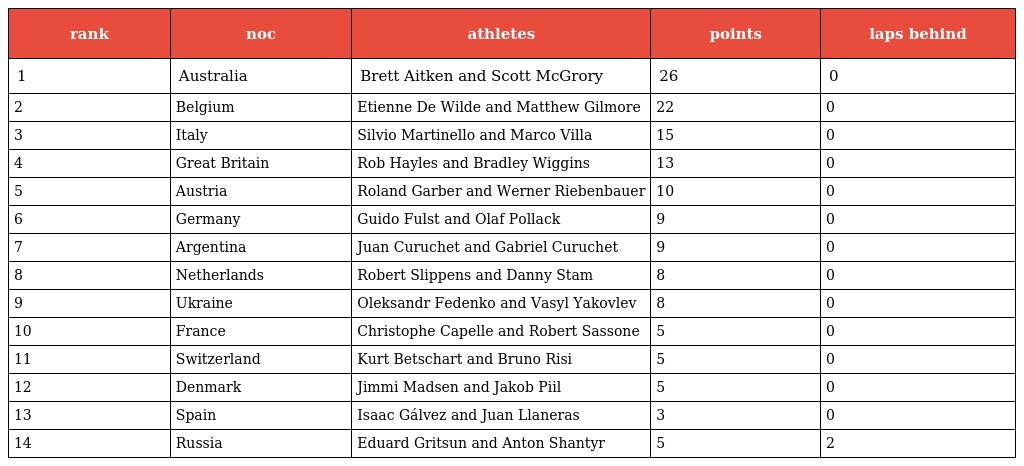
| rank | noc | athletes | points | laps behind |
 | --- | --- | --- | --- | --- |
 | 1 | Australia | Brett Aitken and Scott McGrory | 26 | 0 |
 | 2 | Belgium | Etienne De Wilde and Matthew Gilmore | 22 | 0 |
 | 3 | Italy | Silvio Martinello and Marco Villa | 15 | 0 |
 | 4 | Great Britain | Rob Hayles and Bradley Wiggins | 13 | 0 |
 | 5 | Austria | Roland Garber and Werner Riebenbauer | 10 | 0 |
 | 6 | Germany | Guido Fulst and Olaf Pollack | 9 | 0 |
 | 7 | Argentina | Juan Curuchet and Gabriel Curuchet | 9 | 0 |
 | 8 | Netherlands | Robert Slippens and Danny Stam | 8 | 0 |
 | 9 | Ukraine | Oleksandr Fedenko and Vasyl Yakovlev | 8 | 0 |
 | 10 | France | Christophe Capelle and Robert Sassone | 5 | 0 |
 | 11 | Switzerland | Kurt Betschart and Bruno Risi | 5 | 0 |
 | 12 | Denmark | Jimmi Madsen and Jakob Piil | 5 | 0 |
 | 13 | Spain | Isaac Gálvez and Juan Llaneras | 3 | 0 |
 | 14 | Russia | Eduard Gritsun and Anton Shantyr | 5 | 2 |